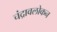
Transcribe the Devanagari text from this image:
चंद्रावलोकन